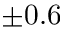
\pm 0 . 6